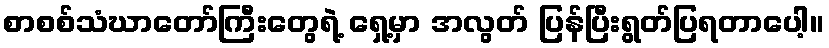
စာစစ်သံဃာတော်ကြီးတွေရဲ့ ရှေ့မှာ အလွတ် ပြန်ပြီးရွတ်ပြရတာပေါ့။